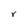
Character: r